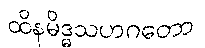
ထိနမိဒ္ဓသဟဂတော